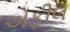
એફીલ